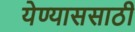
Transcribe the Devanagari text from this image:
येण्याससाठी